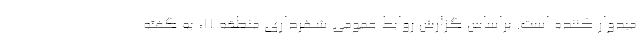
میدوار کننده است. براساس گزارش روابط عمومی شهرداری منطقه ۱۱، به گفته